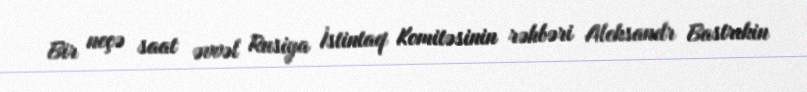
Bir neçə saat əvvəl Rusiya İstintaq Komitəsinin rəhbəri Aleksandr Bastrıkin